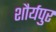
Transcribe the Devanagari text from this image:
शौर्यपुर